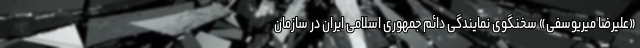
«علیرضا میریوسفی» سخنگوی نمایندگی دائم جمهوری اسلامی ایران در سازمان